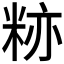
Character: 𬖛